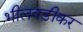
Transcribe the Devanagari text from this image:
भीलवड़ीकर